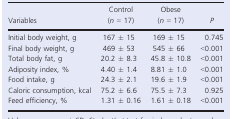
| Variables | Control (n = 17) | Obese (n = 17) | P |
 | --- | --- | --- | --- |
 | Initial body weight, g | 167 ± 15 | 169 ± 15 | 0.745 |
 | Final body weight, g | 469 ± 53 | 545 ± 66 | <0.001 |
 | Total body fat, g | 20.2 ± 8.3 | 45.8 ± 10.8 | <0.001 |
 | Adiposity index, % | 4.40 ± 1.4 | 8.81 ± 1.0 | <0.001 |
 | Food intake, g | 24.3 ± 2.1 | 19.6 ± 1.9 | <0.001 |
 | Caloric consumption, kcal | 75.2 ± 6.6 | 75.5 ± 7.3 | 0.925 |
 | Feed efficiency, % | 1.31 ± 0.16 | 1.61 ± 0.18 | <0.001 |